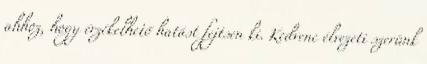
ahhoz, hogy érzékelhető hatást fejtsen ki. Kedvenc élvezeti szerünk